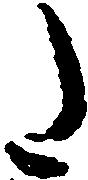
た